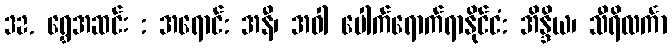
32. ရွှေအဆင်း : အရောင်: အနီ၊ အဝါ ပေါက်ရောက်ရာနိုင်ငံ: အိန္ဒိယ၊ သီရိလင်္ကာ